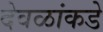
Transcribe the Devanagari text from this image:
देवळांकडे